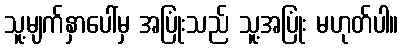
သူ့မျက်နှာပေါ်မှ အပြုံးသည် သူ့အပြုံး မဟုတ်ပါ။